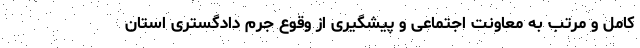
کامل و مرتب به معاونت اجتماعی و پیشگیری از وقوع جرم دادگستری استان